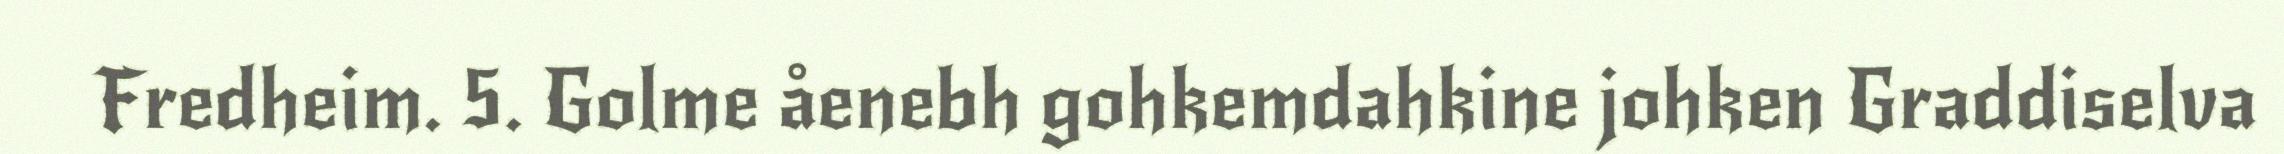
Fredheim. 5. Golme åenebh gohkemdahkine johken Graddiselva